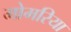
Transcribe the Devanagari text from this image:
मोमरिया